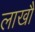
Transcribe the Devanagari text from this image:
लाखौ